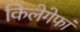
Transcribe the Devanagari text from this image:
किलेगेफां